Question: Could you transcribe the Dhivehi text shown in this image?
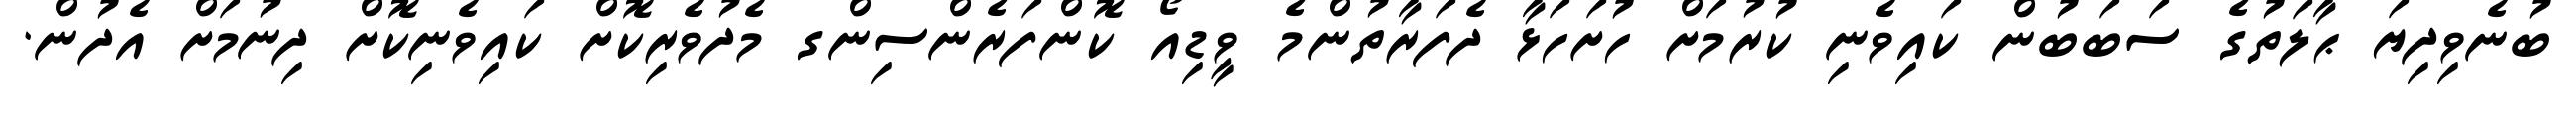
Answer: ބުނެވިދިޔަ ޙާލަތުގެ ސަބަބުން ކައިވެނި ކުރުމަށް ހުށަހަޅާ ދެފަރާތުންމެ ވީޑިއޯ ކޮންފަރެންސިންގ މެދުވެރިކޮށް ކައިވެނިކޮށް ދިނުމަށް އެދުން.